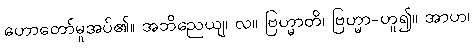
ဟောတော်မူအပ်၏။ အဘိညေယျ၊ လ။ ဗြဟ္မာတိ၊ ဗြဟ္မာ-ဟူ၍။ အာဟ၊